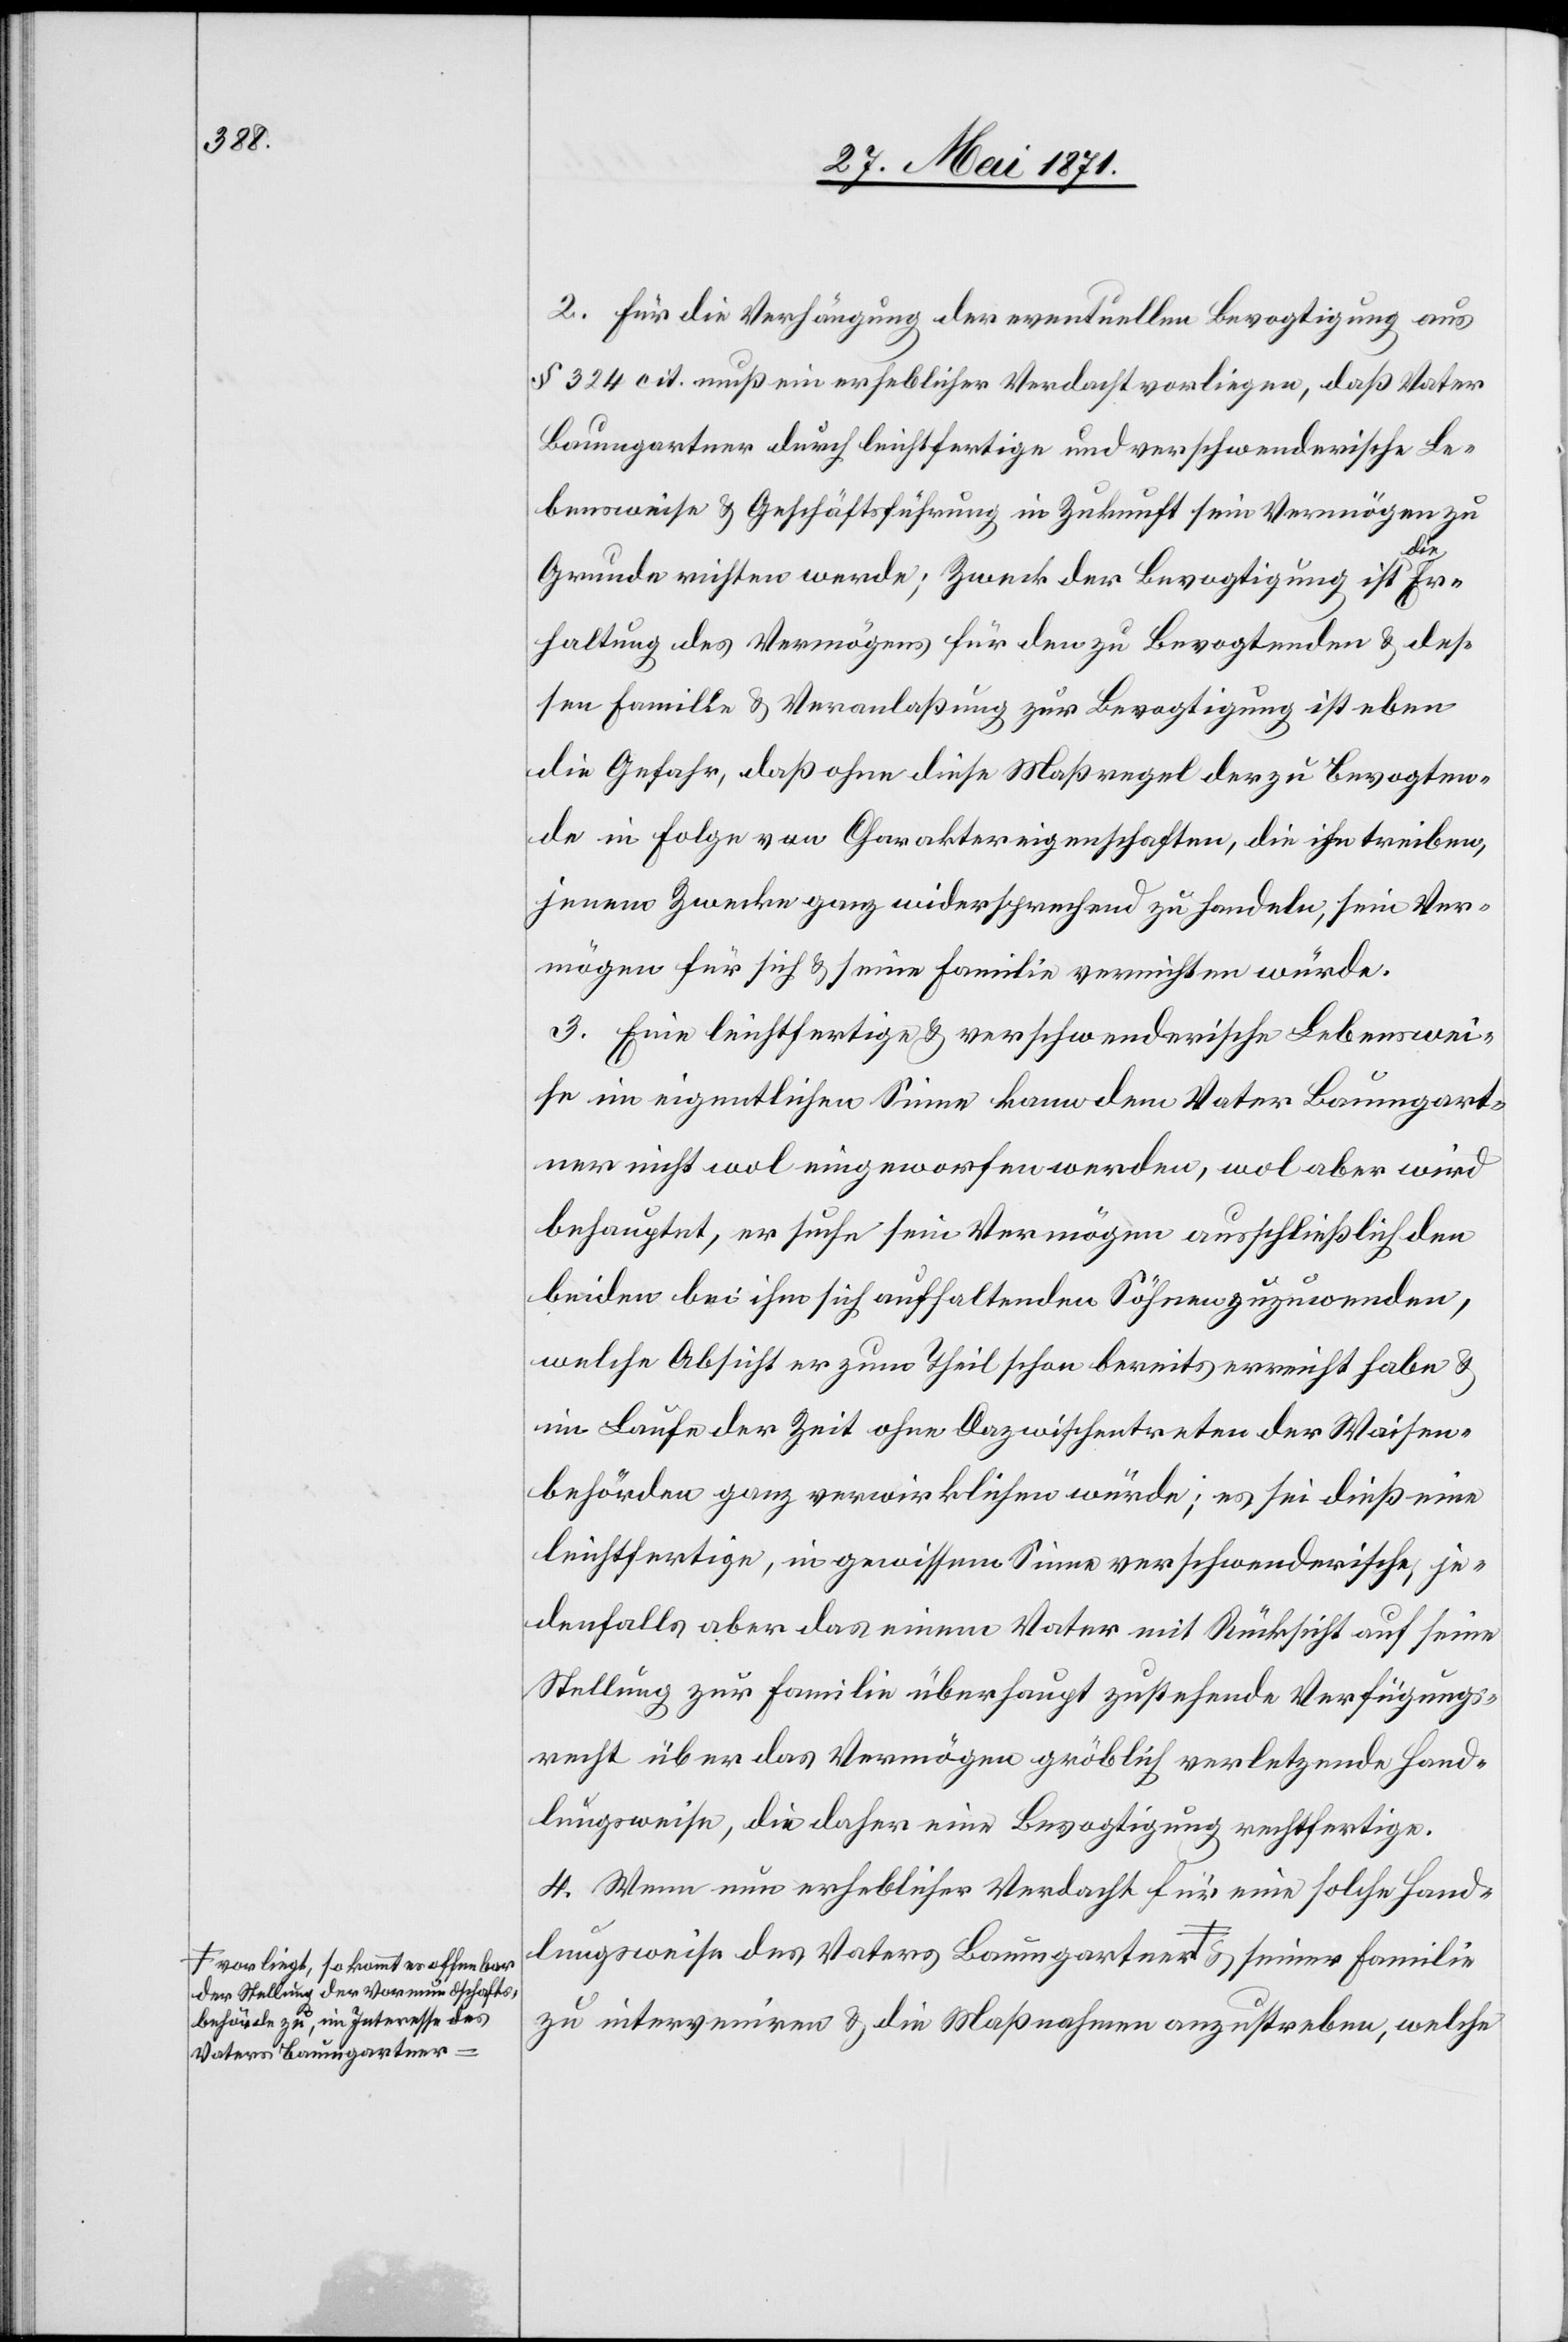
a-vorliegt, so kommt er offenbar
der Stellung der Vormundschafts¬
behörde zu, im Interesse des
Vaters Baumgartner-a

2. Für die Verhängung der eventuellen Bevogtigung aus
§ 324 cit. muß ein erheblicher Verdacht vorliegen, daß Vater
Baumgartner durch leichtfertige und verschwenderische Le¬
bensweise u. Geschäftsführung in Zukunft sein Vermögen zu
lie
Grunde richten werde; Zweck der Bevogtigung ist die
haltung des Vermögens für den zu Bevogtenden u. des¬
sen Famille u. Veranlaßung zur Bevogtigung ist eben
die Gefahr, daß ohne diese Maßregel der zu Bevogten¬
de in Folge von Charaktereigenschaften, die ihn treiben,
jenem Zwecke ganz widersprechend zu handeln, sein Ver¬
mögen für sich u. seine Familie vernichten würde.
3. Eine leichtfertige u. verschwenderische Lebenswei¬
se im eigentlichen Sinne kann dem Vater Baumgart¬
ner nicht wol eingeworfen werden, wol aber wird
behauptet, er suche sein Vermögen ausschließlich den
beiden bei ihm sich aufhaltenden Söhnen zuzuwenden,
welche Absicht er zum Theil schon bereits erreicht habe u.
im Laufe der Zeit ohne Dazwischentreten der Waisen¬
behörden ganz verwirklichen würde; es sei dieß eine
leichtfertige, in gewissem Sinne verschwenderische, je¬
denfalls aber das einem Vater mit Rücksicht auf seine
Stellung zur Familie überhaupt zustehende Verfügungs¬
recht über das Vermögen gröblich verletzende Hand¬
lungsweise, die daher eine Bevogtigung rechtfertige.
4. Wenn nun erheblicher Verdacht für eine solche Hand¬
zu interveniren u. die Maßnahmen anzustreben, welche